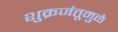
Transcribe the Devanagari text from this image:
शुक्रजंतूमुळे